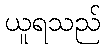
ယူရသည်